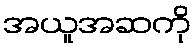
အယူအဆကို